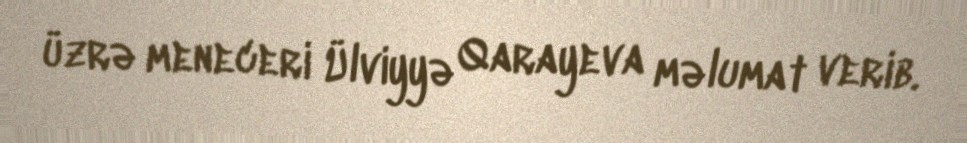
üzrə meneceri Ülviyyə Qarayeva məlumat verib.